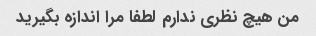
من هیچ نظری ندارم لطفا مرا اندازه بگیرید